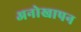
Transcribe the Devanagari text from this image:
अनोखापन